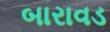
બારાવડ